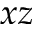
x z